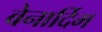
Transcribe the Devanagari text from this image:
बेनार्दिम